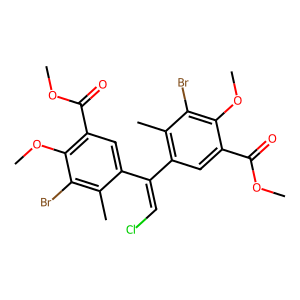
SMILES: COC(=O)c1cc(C(=CCl)c2cc(C(=O)OC)c(OC)c(Br)c2C)c(C)c(Br)c1OC
Inhibits HIV replication: No